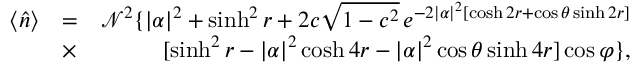
\begin{array} { r l r } { \langle \hat { n } \rangle } & { = } & { \mathcal { N } ^ { 2 } \{ \left| \alpha \right| ^ { 2 } + \sinh ^ { 2 } r + 2 c \sqrt { 1 - c ^ { 2 } } \, e ^ { - 2 \left| \alpha \right| ^ { 2 } \left[ \cosh 2 r + \cos \theta \sinh 2 r \right] } } \\ & { \times } & { [ \sinh ^ { 2 } r - \left| \alpha \right| ^ { 2 } \cosh 4 r - \left| \alpha \right| ^ { 2 } \cos \theta \sinh 4 r ] \cos \varphi \} , } \end{array}